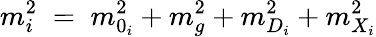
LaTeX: m_{i}^{2}\; =\; m_{0_{i}}^{2}+m_{g}^{2}+m_{D_{i}}^{2}+m_{X_{i}}^{2}